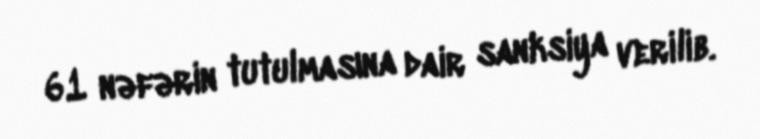
61 nəfərin tutulmasına dair sanksiya verilib.